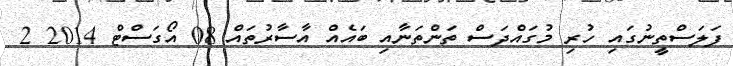
ފަލަސްތީނުގައި ހުރި މުގައްދަސް ތަންތަނާއި ބައެއް އާސާރުތައް 08 އޯގަސްޓް 2014 2